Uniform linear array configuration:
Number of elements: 8
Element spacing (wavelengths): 0.25
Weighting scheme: exponential
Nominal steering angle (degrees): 15
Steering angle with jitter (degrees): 14.408
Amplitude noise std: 0.05
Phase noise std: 0.05

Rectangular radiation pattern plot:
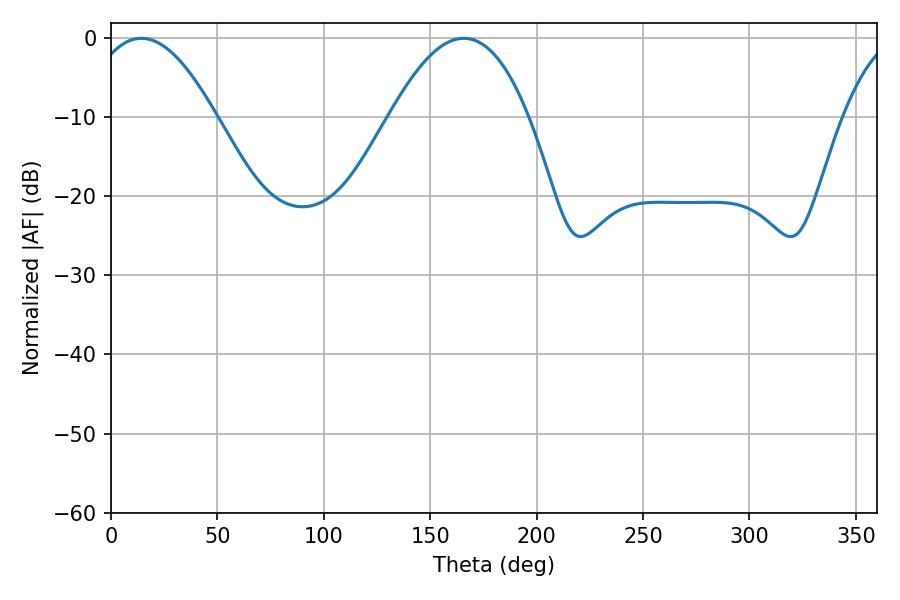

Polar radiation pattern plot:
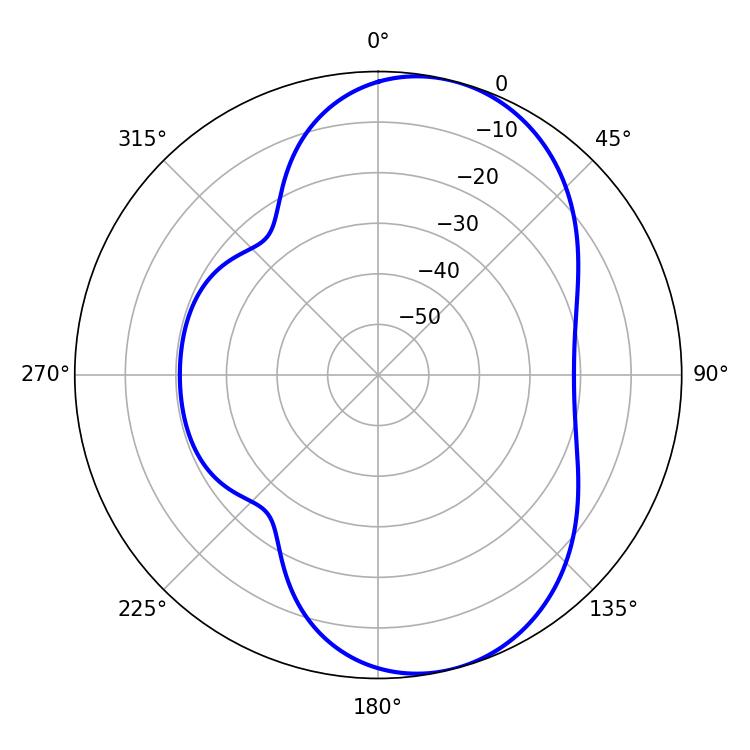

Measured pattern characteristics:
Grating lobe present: FALSE
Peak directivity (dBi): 7.525
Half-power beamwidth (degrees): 32.76
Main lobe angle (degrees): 14.22